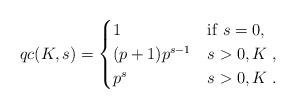
LaTeX: \begin{align*}qc(K,s) = \begin{cases} 1 & {\rm if}\; s=0, \\ (p+1)p^{s-1} & s>0, K \;, \\ p^s & s>0, K \;. \end{cases}\end{align*}